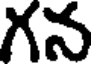
గన